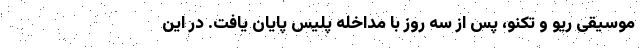
موسیقی ریو و تکنو، پس از سه روز با مداخله پلیس پایان یافت. در این